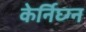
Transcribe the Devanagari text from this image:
केर्निघ्ग्न